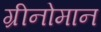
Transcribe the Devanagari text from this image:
ग्रीनोमान